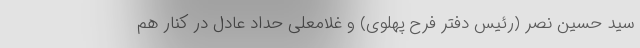
سید حسین نصر (رئیس دفتر فرح پهلوی) و غلامعلی حداد عادل در کنار هم